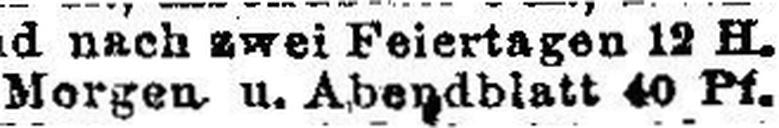
Morgen u. Abendblatt 40 Pf.